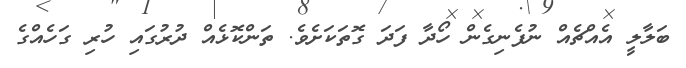
ބަލާލީ އެއްޗެއް ނުފެނިގެން ހޯދާ ފަދަ ގޮތަކަށެވެ. ތަންކޮޅެއް ދުރުގައި ހުރި ގަހެއްގެ